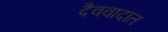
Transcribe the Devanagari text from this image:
दैववादात